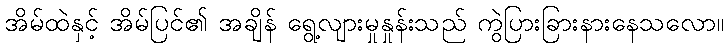
အိမ်ထဲနှင့် အိမ်ပြင်၏ အချိန် ရွေ့လျားမှုနှုန်းသည် ကွဲပြားခြားနားနေသလော။